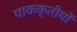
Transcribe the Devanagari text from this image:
पाककृतीयों